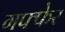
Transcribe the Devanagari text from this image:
गफ्फेर